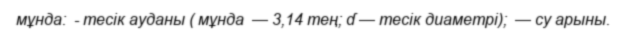
мұнда:  - тесік ауданы ( мұнда  — 3,14 тең; ɗ — тесік диаметрі);  — су арыны.